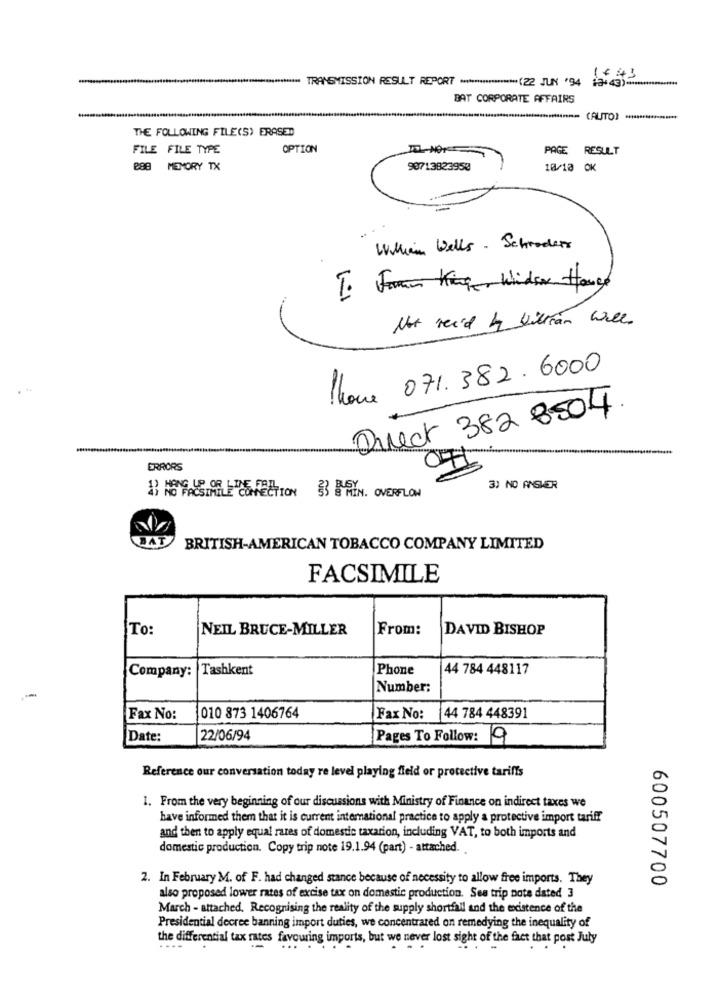
1443
-
*************************= TRANSMISSION RESULT REPORT ******************* (22 JUN '94 +3+43) .****************
BAT CORPORATE AFFAIRS
.................................== (AUTO) ..............***
THE FOLLOWING FILE(S) ERASED
FILE FILE TYPE
OPTION
PAGE RESULT
888 MEMORY TX
90713823950
10/18 OK
Whim Wells - Schroders
I. For King Wider Hange
Not reid by kilian well.
Phone 071. 382 . 6000
Qrect 382 8504.
-
ERRORS
3) NO ANSWER
NO FACSIMILE CONECTION 53 8 MIN. OVERFLOW
BAT
BRITISH-AMERICAN TOBACCO COMPANY LIMITED
FACSIMILE
To:
NEIL BRUCE-MILLER
From:
DAVID BISHOP
Company: Tashkent
Phone
44 784 448117
Number:
Fax No:
1010 873 1406764
Fax No:
44 784 448391
Date:
22/06/94
Pages To Follow: 9
Reference our conversation today re level playing field or protective tariffs
1. From the very beginning of our discussions with Ministry of Finance on indirect taxes we
have informed them that it is current international practice to apply a protective import tariff
and then to apply equal rates of domestic taxation, including VAT, to both imports and
domestic production. Copy trip note 19.1.94 (part) - attached ..
2. In February M. of F. had changed stance because of necessity to allow free imports. They
600507700
also proposed lower rates of excise tax on domestic production. Sea trip pote dated 3
March - attached. Recognising the reality of the supply shortfall and the existence of the
Presidential decree banning import duties, we concentrated on remedying the inequality of
the differential tax rates favouring imports, but we never lost sight of the fact that post July